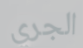
الجري